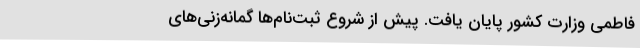
فاطمی وزارت کشور پایان یافت. پیش از شروع ثبت‌نام‌ها گمانه‌زنی‌های